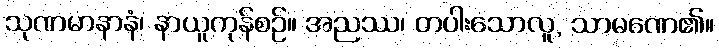
သုဏမာနာနံ၊ နာယူကုန်စဉ်။ အညဿ၊ တပါးသောလူ, သာမဏေ၏။